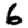
Digit: 6